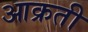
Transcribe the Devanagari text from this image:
आक्रती